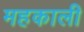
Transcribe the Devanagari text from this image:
महकाली